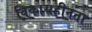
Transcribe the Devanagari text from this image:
विकासहीनता